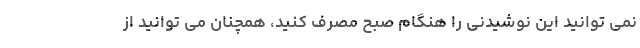
نمی توانید این نوشیدنی را هنگام صبح مصرف کنید، همچنان می توانید از